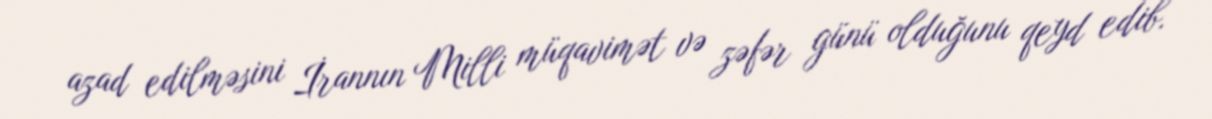
azad edilməsini İrannın Milli müqavimət və zəfər günü olduğunu qeyd edib.